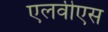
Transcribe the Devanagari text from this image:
एलवीएस